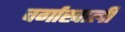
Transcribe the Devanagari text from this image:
वर्गाखाली